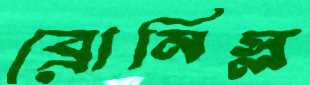
ব্রোনিস্ল